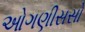
ઓગણીસસો